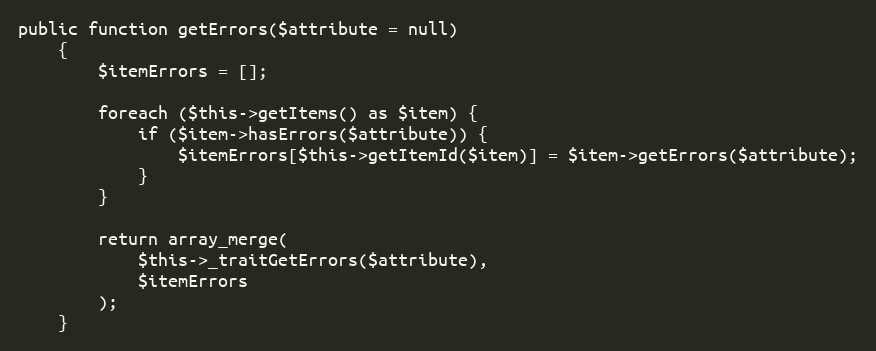
Language: PHP
public function getErrors($attribute = null)
    {
        $itemErrors = [];

        foreach ($this->getItems() as $item) {
            if ($item->hasErrors($attribute)) {
                $itemErrors[$this->getItemId($item)] = $item->getErrors($attribute);
            }
        }

        return array_merge(
            $this->_traitGetErrors($attribute),
            $itemErrors
        );
    }